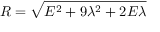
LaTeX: R = { \sqrt { E ^ { 2 } + 9 \lambda ^ { 2 } + 2 E \lambda } }